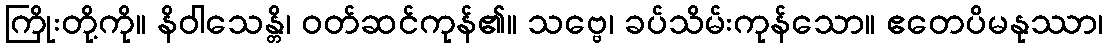
ကြိုးတို့ကို။ နိဝါသေန္တိ၊ ဝတ်ဆင်ကုန်၏။ သဗ္ဗေ၊ ခပ်သိမ်းကုန်သော။ ဧတေပိမနုဿာ၊